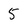
Character: 5